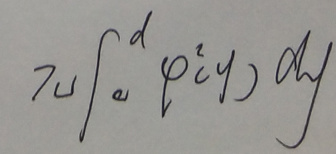
$\pi\int_{a}^{d}\varphi^{2}(y)dy$